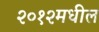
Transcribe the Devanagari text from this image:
२०१२मधील